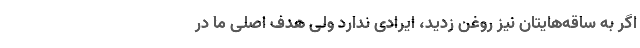
اگر به ساقه­هایتان نیز روغن زدید، ایرادی ندارد ولی هدف اصلی ما در